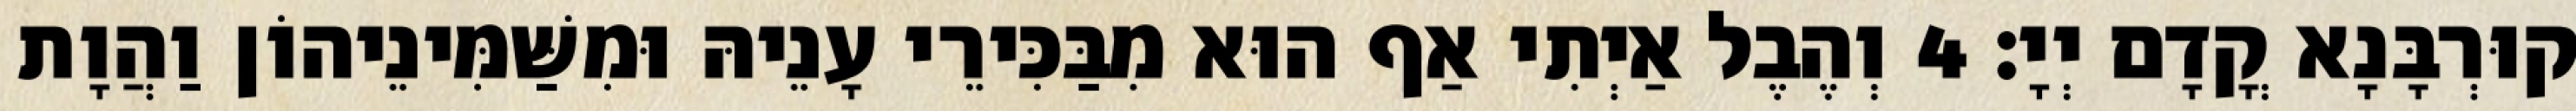
קוּרְבָּנָא קֳדָם יְיָ׃ 4 וְהֶבֶל אַיְתִי אַף הוּא מִבַּכִּירֵי עָנֵיהּ וּמִשַּׁמִּינֵיהוֹן וַהֲוָת